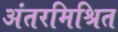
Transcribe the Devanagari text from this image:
अंतरमिश्रित